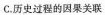
C.历史过程的因果关联